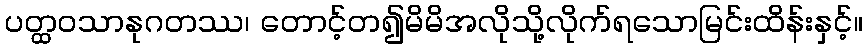
ပတ္ထဝသာနုဂတဿ၊ တောင့်တ၍မိမိအလိုသို့လိုက်ရသောမြင်းထိန်းနှင့်။